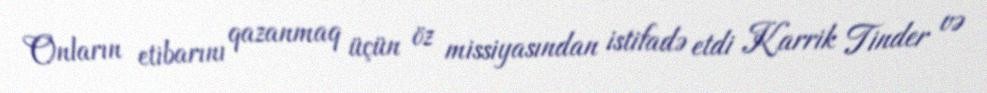
Onların etibarını qazanmaq üçün öz missiyasından istifadə etdi Karrik Tinder və